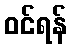
ဝင်ရန်